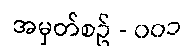
အမှတ်စဥ် - ၀၀၁